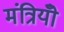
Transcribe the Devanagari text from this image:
मंत्रियोँ